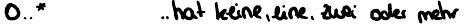
0..*   .. hat keine, eine, zwei oder mehr